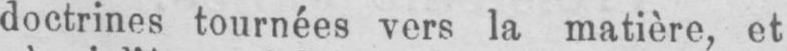
doctrines tournées vers la matière, et